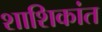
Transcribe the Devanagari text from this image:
शाशिकांत